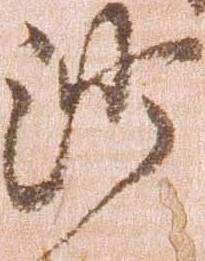
沙